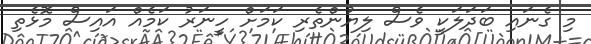
މި ގެނައި ބަދަލަކީ ވެސް ލިޔުންތެރި ކަމަށް ހީނަރު ކަމެއް އައިސް މޮޅެތި